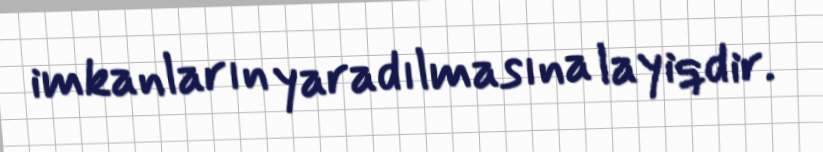
imkanların yaradılmasına layiqdir.